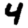
Digit: 4